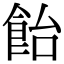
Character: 飴